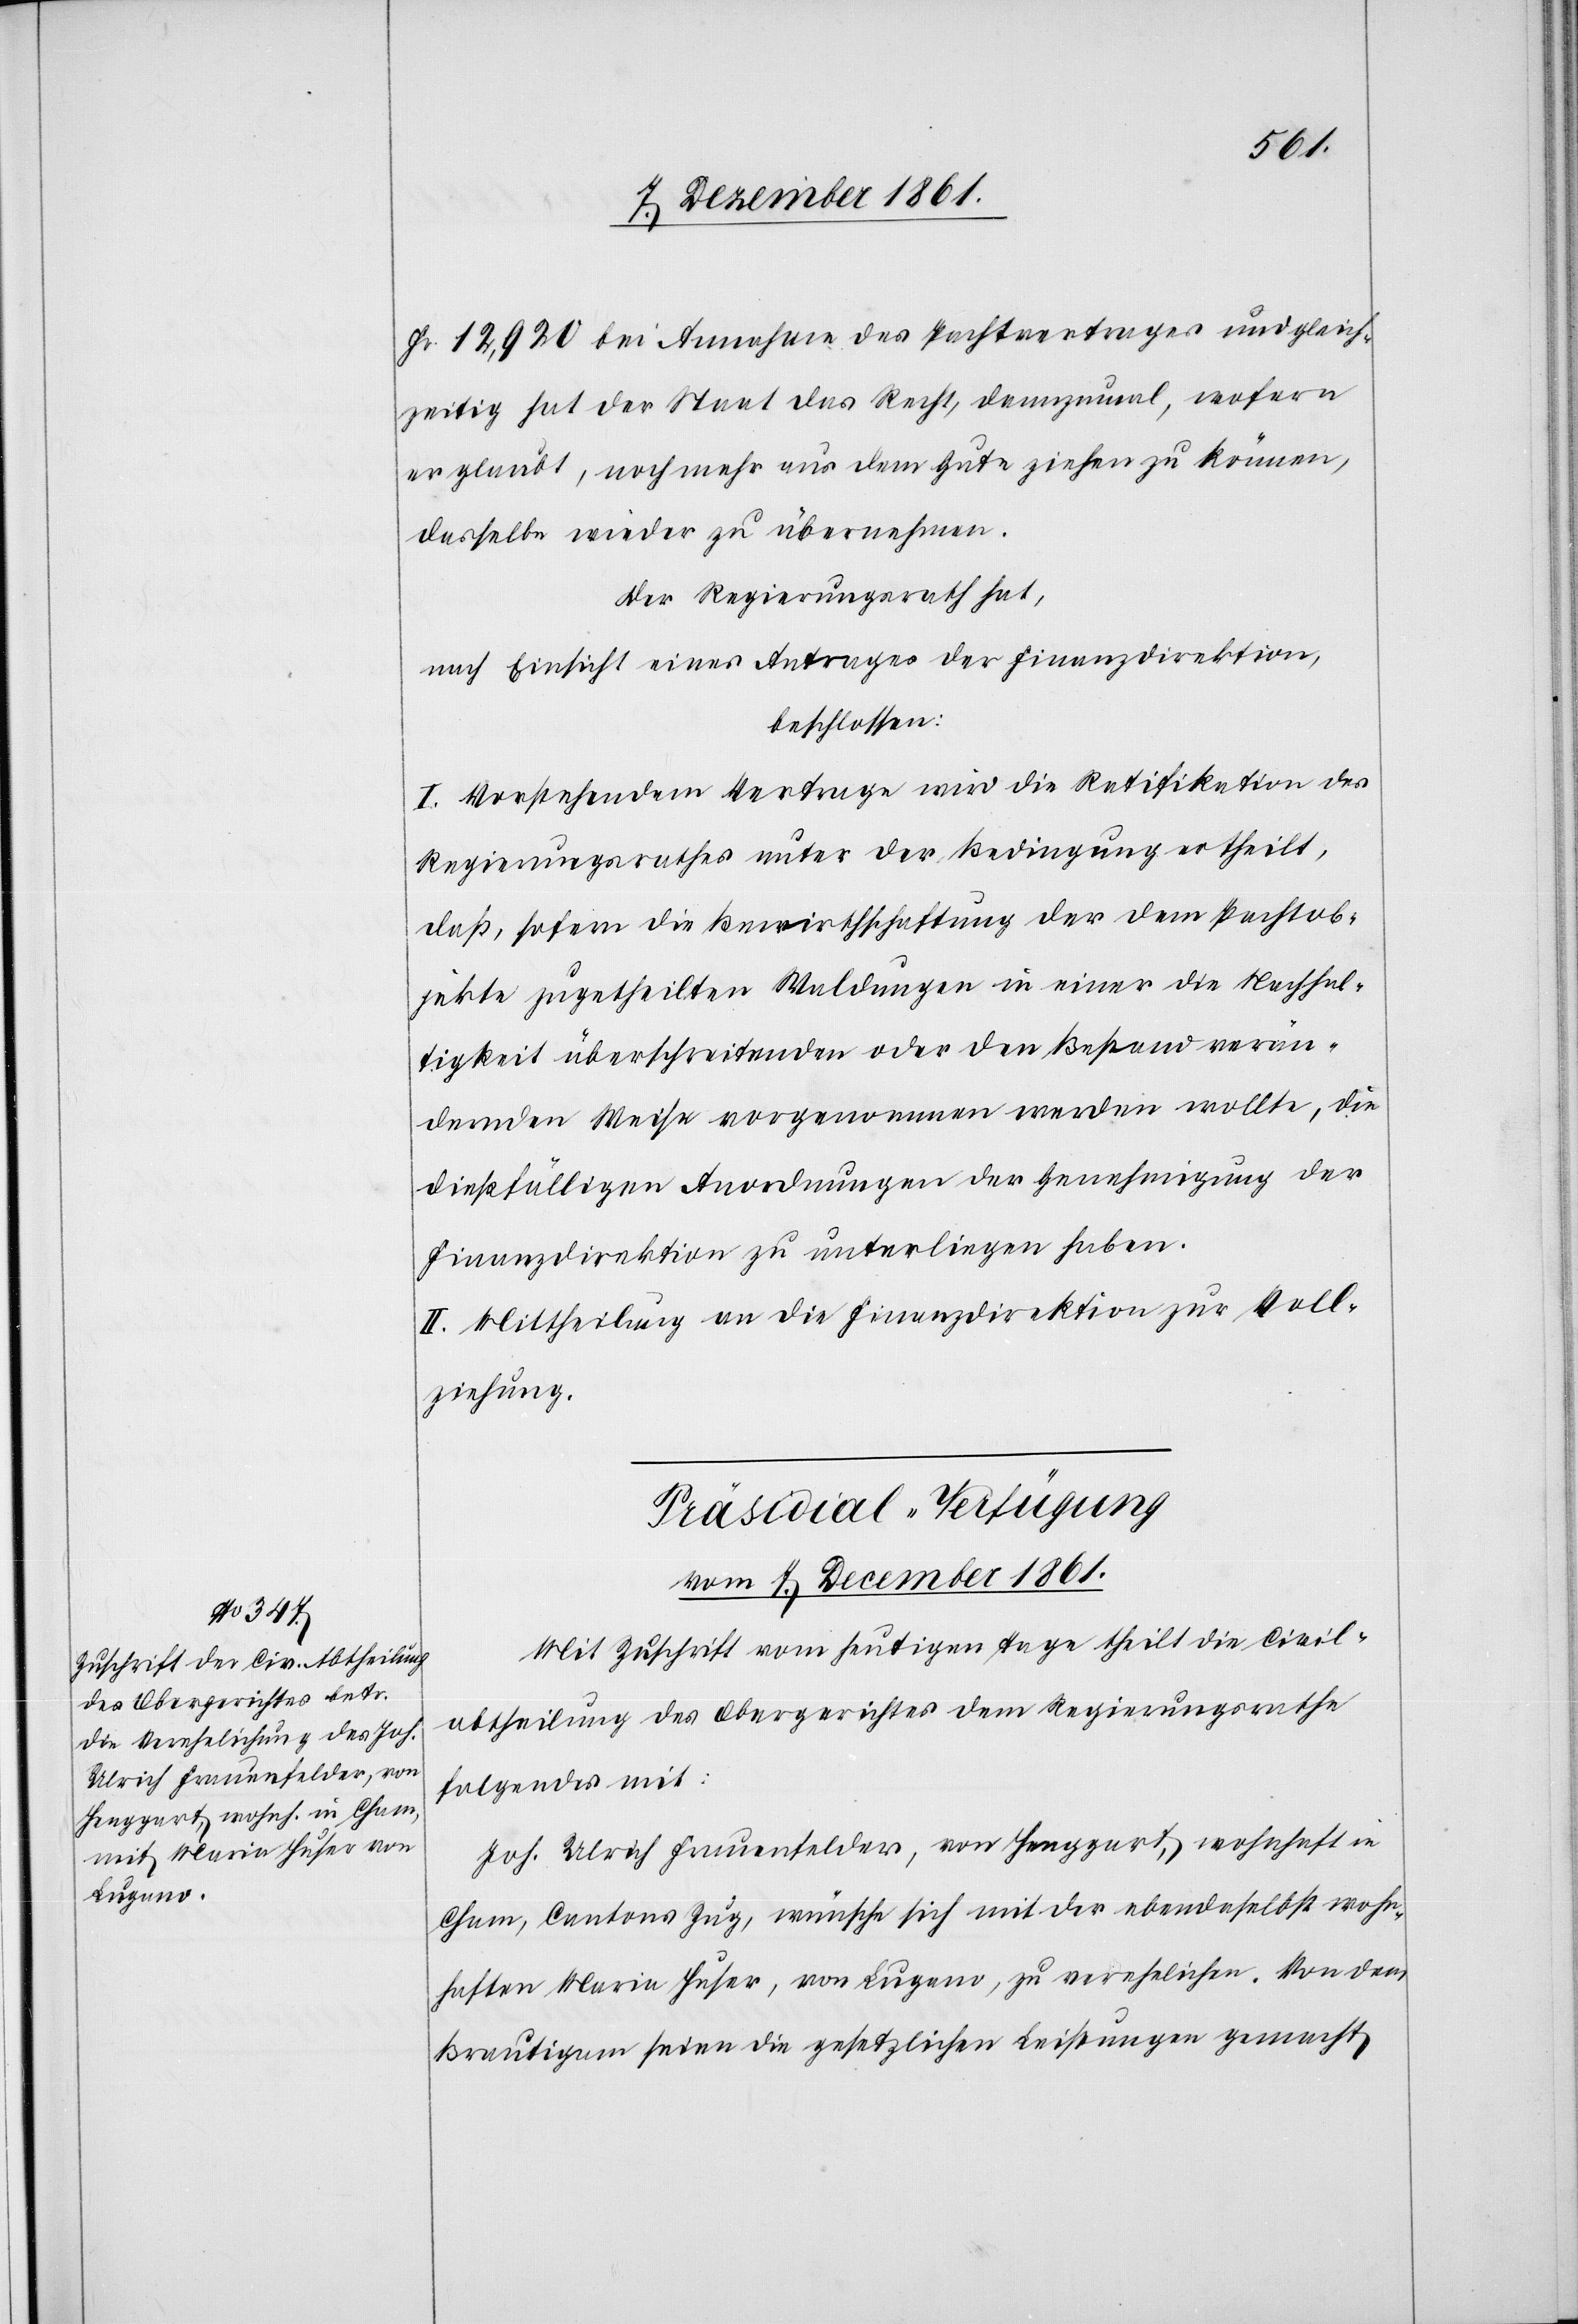
Fr. 12,920 bei Annahme des Pachtvertrages und gleich¬
zeitig hat der Staat das Recht, dannzumal, wofern
er glaubt, noch mehr aus dem Gute ziehen zu können,
dasselbe wieder zu übernehmen.
Der Regierungsrath hat,
nach Einsicht eines Antrages der Finanzdirektion,
beschlossen:
I. Vorstehendem Vertrage wird die Ratifikation des
Regierungsrathes unter der Bedingung ertheilt,
daß, sofern die Bewirthschaftung der dem Pachtob¬
jekte zugetheilten Waldungen in einer die Nachhal¬
tigkeit überschreitenden oder den Bestand verän¬
dernden Weise vorgenommen werden wollte, die
dießfälligen Anordnungen der Genehmigung der
Finanzdirektion zu unterliegen haben.
II. Mittheilung an die Finanzdirektion zur Voll¬
ziehung.
Präsidial-Verfügung.
vom 7 December 1861.
Mit Zuschrift vom heutigen Tage theilt die Civil¬
abtheilung des Obergerichtes dem Regierungsrathe
folgendes mit:
Joh. Ulrich Frauenfelder, von Henggart, wohnhaft in
Cham, Cantons Zug, wünsche sich mit der ebendaselbst wohn¬
haften Maria Huser, von Lugano, zu verehelichen. Von dem
Bräutigam seien die gesetzlichen Leistungen gemacht